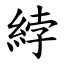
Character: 綍